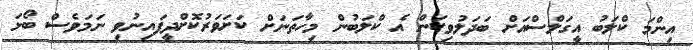
އިންމަ ކްލަބު އީގަލްސްއަށް ބަދަލުވިކަން އެ ކްލަބުން މިހާތަނަށް ކަށަވަރުކޮށްދީފައިނުވި ނަމަވެސް ބޯޅަ